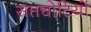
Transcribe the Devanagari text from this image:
सप्तचोटियों